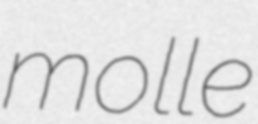
molle